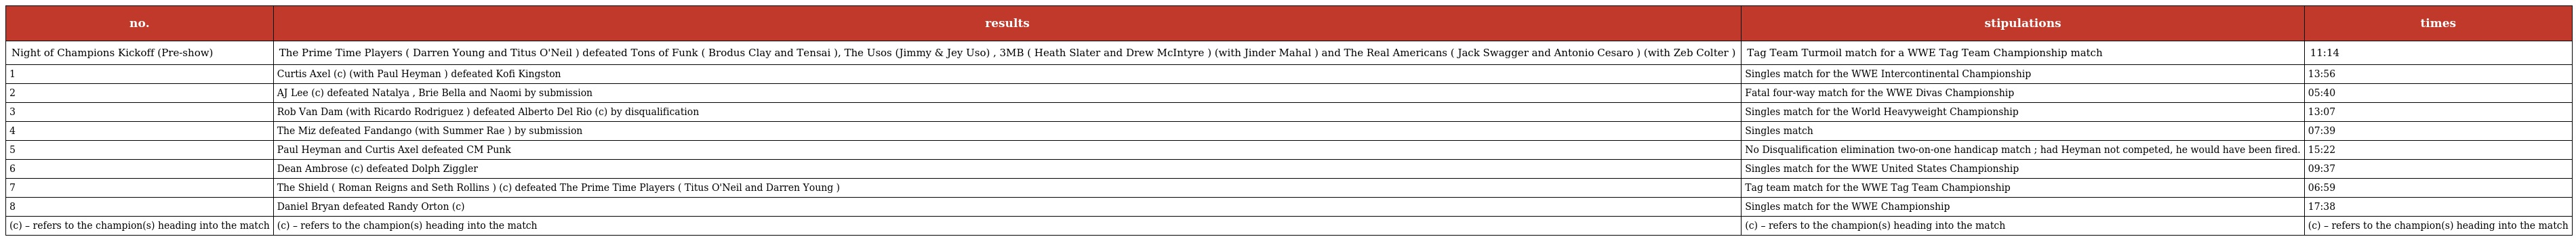
| no. | results | stipulations | times |
 | --- | --- | --- | --- |
 | Night of Champions Kickoff (Pre-show) | The Prime Time Players ( Darren Young and Titus O'Neil ) defeated Tons of Funk ( Brodus Clay and Tensai ), The Usos (Jimmy & Jey Uso) , 3MB ( Heath Slater and Drew McIntyre ) (with Jinder Mahal ) and The Real Americans ( Jack Swagger and Antonio Cesaro ) (with Zeb Colter ) | Tag Team Turmoil match for a WWE Tag Team Championship match | 11:14 |
 | 1 | Curtis Axel (c) (with Paul Heyman ) defeated Kofi Kingston | Singles match for the WWE Intercontinental Championship | 13:56 |
 | 2 | AJ Lee (c) defeated Natalya , Brie Bella and Naomi by submission | Fatal four-way match for the WWE Divas Championship | 05:40 |
 | 3 | Rob Van Dam (with Ricardo Rodriguez ) defeated Alberto Del Rio (c) by disqualification | Singles match for the World Heavyweight Championship | 13:07 |
 | 4 | The Miz defeated Fandango (with Summer Rae ) by submission | Singles match | 07:39 |
 | 5 | Paul Heyman and Curtis Axel defeated CM Punk | No Disqualification elimination two-on-one handicap match ; had Heyman not competed, he would have been fired. | 15:22 |
 | 6 | Dean Ambrose (c) defeated Dolph Ziggler | Singles match for the WWE United States Championship | 09:37 |
 | 7 | The Shield ( Roman Reigns and Seth Rollins ) (c) defeated The Prime Time Players ( Titus O'Neil and Darren Young ) | Tag team match for the WWE Tag Team Championship | 06:59 |
 | 8 | Daniel Bryan defeated Randy Orton (c) | Singles match for the WWE Championship | 17:38 |
 | (c) – refers to the champion(s) heading into the match | (c) – refers to the champion(s) heading into the match | (c) – refers to the champion(s) heading into the match | (c) – refers to the champion(s) heading into the match |